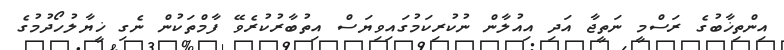
އިންތިޚާބުގެ ރަސްމީ ނަތީޖާ އަދި އިއުލާން ނުކުރިކަމުގައިވިޔަސް އިތުބާރުކުރެވޭ ފާމްތަކުން ނެގި ޚީޔާލުހޯދުމުގެ